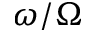
\omega / \Omega